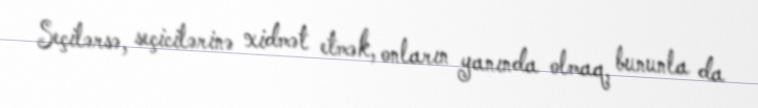
Seçilərsə, seçicilərinə xidmət etmək, onların yanında olmaq, bununla da